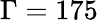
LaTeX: \Gamma=175